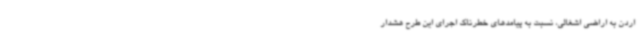
اردن به اراضی اشغالی، نسبت به پیامدهای خطرناک اجرای این طرح هشدار